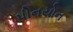
પીનયોન